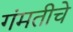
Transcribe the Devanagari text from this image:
गंमतीचे